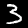
Label: 3